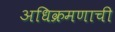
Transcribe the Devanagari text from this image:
अधिक्रमणाची